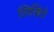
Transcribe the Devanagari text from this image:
लिखिते